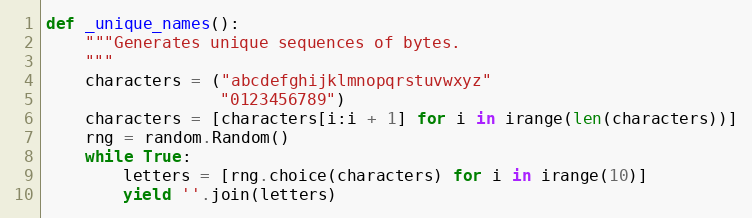
Language: Python
def _unique_names():
    """Generates unique sequences of bytes.
    """
    characters = ("abcdefghijklmnopqrstuvwxyz"
                  "0123456789")
    characters = [characters[i:i + 1] for i in irange(len(characters))]
    rng = random.Random()
    while True:
        letters = [rng.choice(characters) for i in irange(10)]
        yield ''.join(letters)